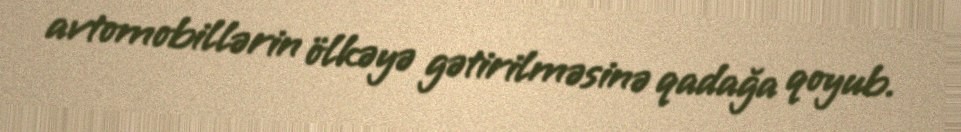
avtomobillərin ölkəyə gətirilməsinə qadağa qoyub.